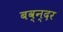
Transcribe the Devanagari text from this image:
बव्न्दर